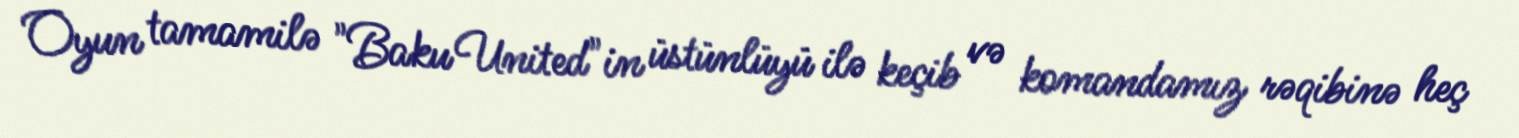
Oyun tamamilə "Baku United"in üstünlüyü ilə keçib və komandamız rəqibinə heç